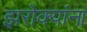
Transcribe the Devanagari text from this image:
झरोक्यांना